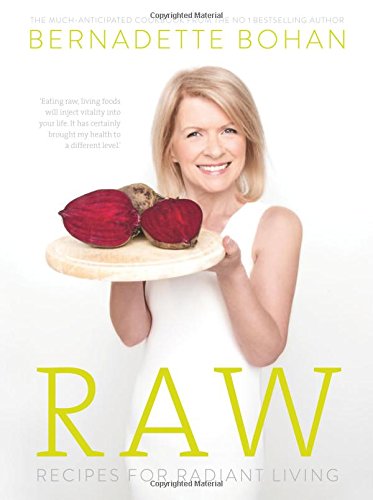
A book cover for Raw: Recipes for Radiant Living; Bernadette Bohan; Cookbooks, Food & Wine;